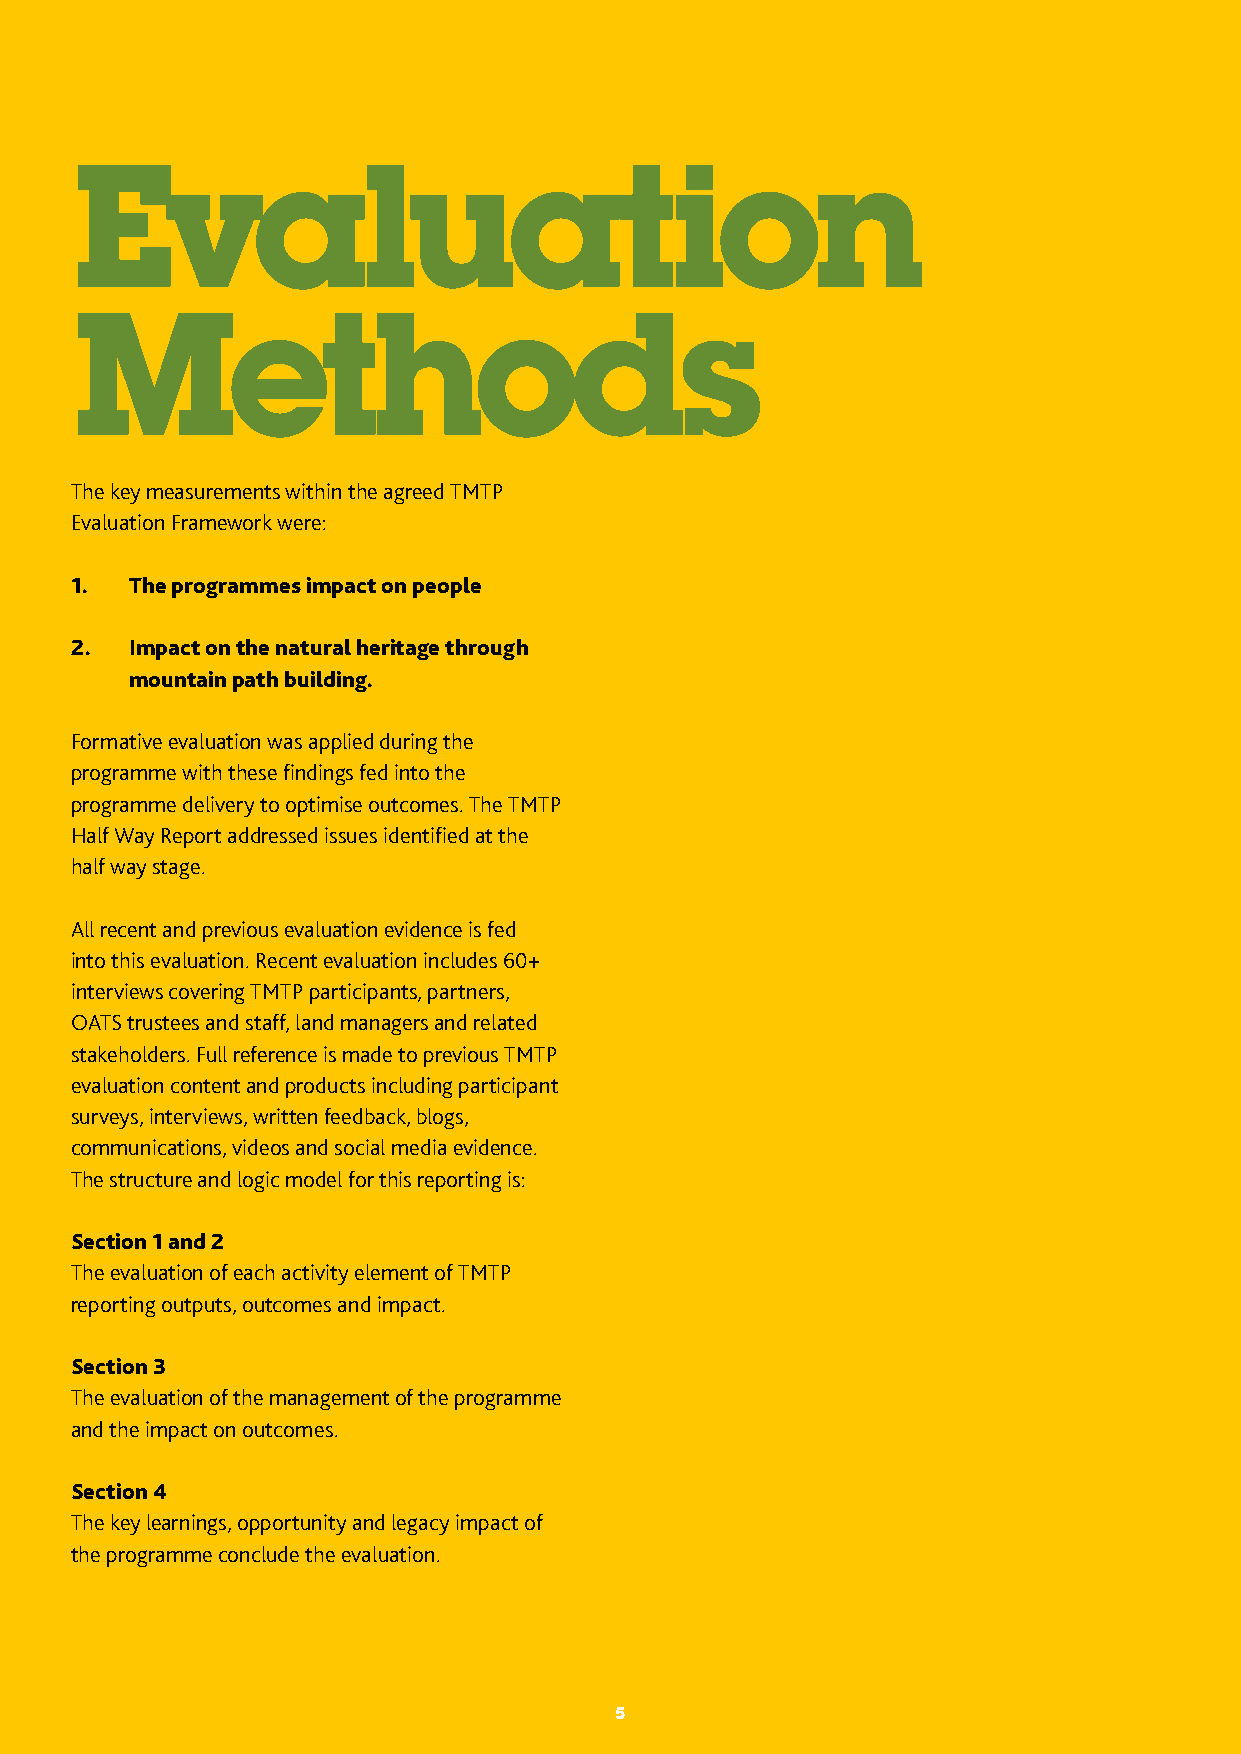
The Mountains and the People | Final Evaluation Report
 Evaluation
 Methods
 The key measurements within the agreed TMTP
 Evaluation Framework were:
 1.  The programmes impact on people
 2.  Impact on the natural heritage through
 mountain path building.
 Formative evaluation was applied during the
 programme with these findings fed into the
 programme delivery to optimise outcomes. The TMTP
 Half Way Report addressed issues identified at the
 half way stage.
 All recent and previous evaluation evidence is fed
 into this evaluation. Recent evaluation includes 60+
 interviews covering TMTP participants, partners,
 OATS trustees and staff, land managers and related
 stakeholders. Full reference is made to previous TMTP
 evaluation content and products including participant
 surveys, interviews, written feedback, blogs,
 communications, videos and social media evidence.
 The structure and logic model for this reporting is:
 Section 1 and 2
 The evaluation of each activity element of TMTP
 reporting outputs, outcomes and impact.
 Section 3
 The evaluation of the management of the programme
 and the impact on outcomes.
 Section 4
 The key learnings, opportunity and legacy impact of
 the programme conclude the evaluation.
 55